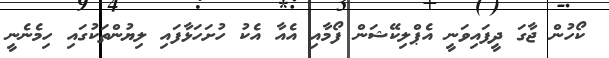
ކޯހުން ޖާގަ ދީފައިވަނީ އެޕްލިކޭޝަން ފޯމާއި އެއާ އެކު ހުށަހަޅާފައި ލިޔުންތަކުގައި ހިމެނެނީ